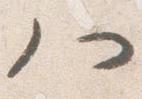
八